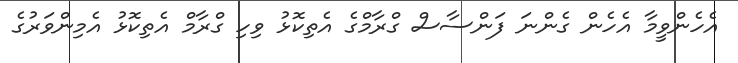
އެހެންވީމާ އެހެން ގެންނަ ފަންސާސް ގްރާމްގެ އެތިކޮޅު ވިހި ގްރާމް އެތިކޮޅު އެމިންވަރުގެ